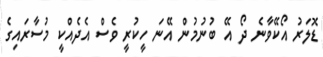
ޑޮލަރު އޯކޭވާނެ ދޯ އޭ ބުނުމުން އޭނަ ހީކުރީ ވެސް އެދެއްކީ މުސާރައިގެ